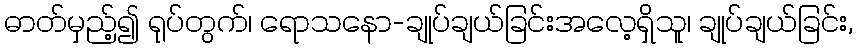
ဓာတ်မှည့်၍ ရုပ်တွက်၊ ရောသနော-ချုပ်ချယ်ခြင်းအလေ့ရှိသူ၊ ချုပ်ချယ်ခြင်း,